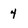
Character: 4